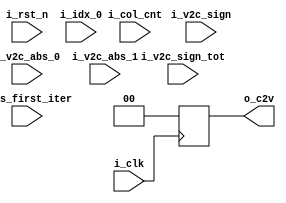
// CN-recover unit :
// 	recover r-msg from the memory bank of q-msg

module cn_r #(
	parameter	MSG_WIDTH	=	0	,
	parameter	COL_CNT_WID	=	0
)(
	input						i_clk			,
	input						i_rst_n			,

	input	[MSG_WIDTH-2:0]		i_v2c_abs_0		,
	input	[MSG_WIDTH-2:0]		i_v2c_abs_1		,
	input	[COL_CNT_WID-1:0]	i_idx_0			,

	input						i_v2c_sign		,		// sign of last q-msg at current position;
	input						i_v2c_sign_tot	,		// total sign of all q-msg in a line;
	input	[COL_CNT_WID-1:0]	i_col_cnt		,
	input						i_is_first_iter	,

	output	reg	[MSG_WIDTH-1:0]	o_c2v			
);

	localparam	ABS_WID	= MSG_WIDTH-1		;

	wire 	[ABS_WID-1:0]			w_v2c_abs	;

	assign	w_v2c_abs = (i_col_cnt == i_idx_0) ? i_v2c_abs_1 : i_v2c_abs_0;

//--------------->> Offset >>--------------------
	wire	[ABS_WID+1:0]		w_offset_c2v_tmp;
	wire	[ABS_WID-1:0]		w_offset_c2v;

	assign	w_offset_c2v_tmp = w_v2c_abs * 3;
	assign	w_offset_c2v = w_offset_c2v_tmp >> 2;
//---------------<< Offset <<--------------------

// sign
	wire	w_c2v_sign;
	assign	w_c2v_sign = i_v2c_sign ^ i_v2c_sign_tot;

// s_to_t

	wire	[MSG_WIDTH-1:0]		w_c2v;
	assign	w_c2v = w_c2v_sign == 0 ? {1'b0, w_offset_c2v} : ~{1'b0, w_offset_c2v}+1;

	always@(posedge i_clk)	begin
	  if(~i_rst_n)											o_c2v <= 'd0		;
	  else if(i_is_first_iter)								o_c2v <= 'd0		;
	  else													o_c2v <= w_c2v		;
	end

endmodule